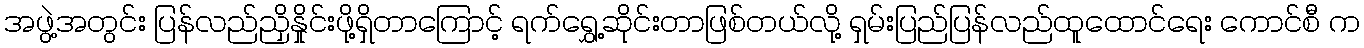
အဖွဲ့အတွင်း ပြန်လည်ညှိနှိုင်းဖို့ရှိတာကြောင့် ရက်ရွှေ့ဆိုင်းတာဖြစ်တယ်လို့ ရှမ်းပြည်ပြန်လည်ထူထောင်ရေး ကောင်စီ က